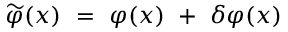
\widetilde \varphi ( x ) ~ = ~ \varphi ( x ) ~ + ~ \delta \varphi ( x )